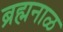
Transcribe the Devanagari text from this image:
ब्रह्मनाळ